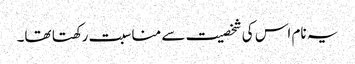
یہ نام اس کی شخصیت سے مناسبت رکھتا تھا۔